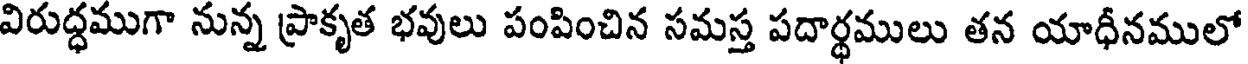
విరుద్ధముగా నున్న ప్రాకృత భవులు పంపించిన సమస్త పదార్థములు తన యాధీనములో